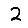
Digit: 2